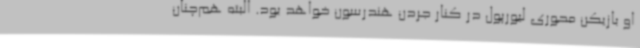
او بازیکن محوری لیورپول در کنار جردن هندرسون خواهد بود. البته هم‌چنان